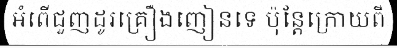
អំពើជួញដូរគ្រឿងញៀនទេ ប៉ុន្តែក្រោយពី